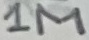
Text: 1M